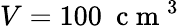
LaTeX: V=100~\mathrm{~c~m~}^{3}